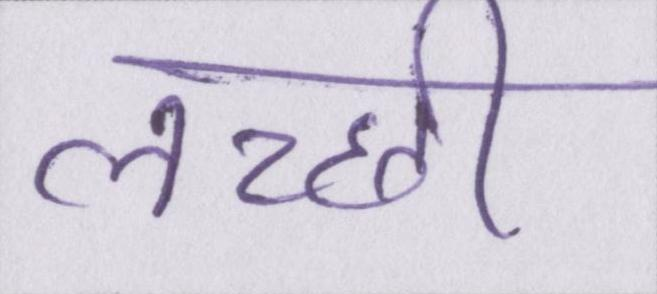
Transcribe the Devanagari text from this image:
लच्छी